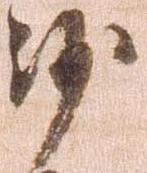
沙